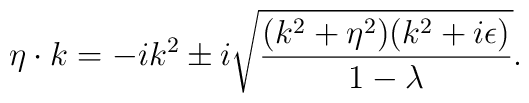
\eta\cdot k=-ik^2\pm i\sqrt{{(k^2+\eta^2)(k^2+i\epsilon)\over{1-\lambda}}}.